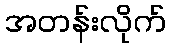
အတန်းလိုက်